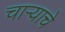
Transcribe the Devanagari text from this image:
चाऱ्याचे